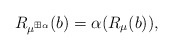
\begin{align*}R_{\mu^{\boxplus\alpha}}(b)=\alpha(R_\mu(b)),\end{align*}